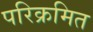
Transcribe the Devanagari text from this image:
परिक्रमित